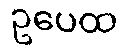
ဥပေထ